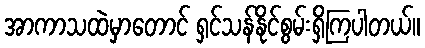
အာကာသထဲမှာတောင် ရှင်သန်နိုင်စွမ်းရှိကြပါတယ်။